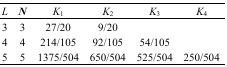
| L | N | K1 | K2 | K3 | K4 |
 | --- | --- | --- | --- | --- | --- |
 | 3 | 3 | 27/20 | 9/20 |  |  |
 | 4 | 4 | 214/105 | 92/105 | 54/105 |  |
 | 5 | 5 | 1375/504 | 650/504 | 525/504 | 250/504 |